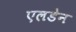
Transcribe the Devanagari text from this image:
एलडेन